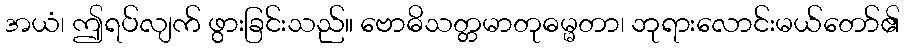
အယံ၊ ဤရပ်လျက် ဖွားခြင်းသည်။ ဗောဓိသတ္တမာတုဓမ္မတာ၊ ဘုရားလောင်းမယ်တော်၏